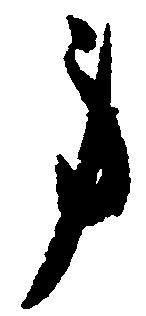
身